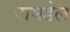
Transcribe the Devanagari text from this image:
पामडेल